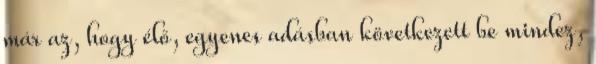
már az, hogy élő, egyenes adásban következett be mindez,